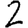
Digit: 2